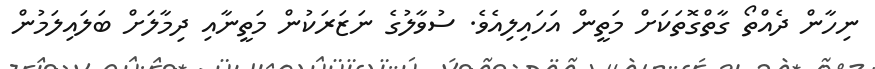
ނިހާން ދެއްތޯ ގާތްގޮތަކަށް މަތީން އަހައިލިއެވެ. ސުވާލުގެ ނަޒަރަކުން މަތީނާއި ދިމާލަށް ބަަލައިލަމުން